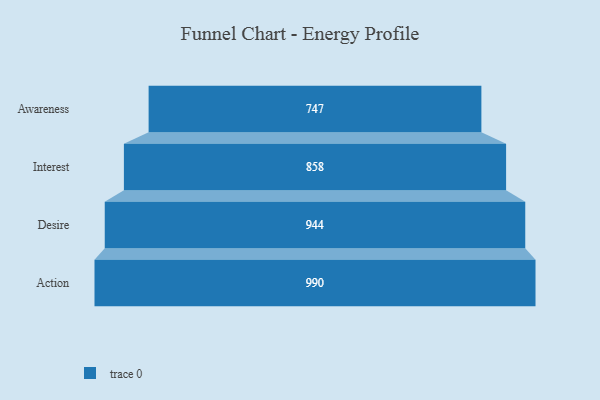
{"axis": {"x": "Stage", "y": "Value"}, "legend": [""], "data": [{"x": "Awareness", "y": 747.0, "type": ""}, {"x": "Interest", "y": 858.0, "type": ""}, {"x": "Desire", "y": 944.0, "type": ""}, {"x": "Action", "y": 990.0, "type": ""}]}